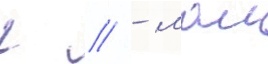
г // - маи